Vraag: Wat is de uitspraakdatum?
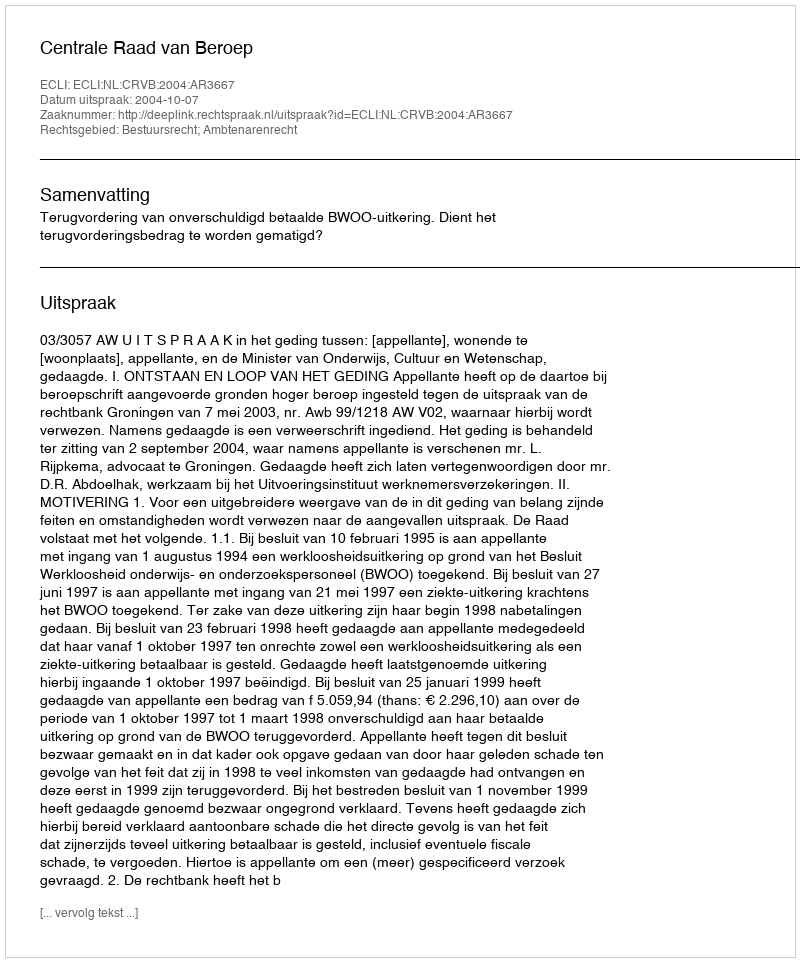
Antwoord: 2004-10-07